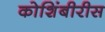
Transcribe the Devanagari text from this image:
कोशिंबीरीस